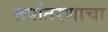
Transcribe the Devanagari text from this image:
रूपांतरणाचा